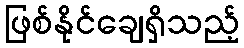
ဖြစ်နိုင်ချေရှိသည့်